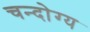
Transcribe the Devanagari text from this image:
चन्दोग्य